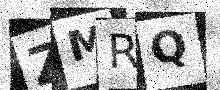
Text: ZMRQ